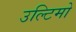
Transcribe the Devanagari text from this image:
उल्टिमो